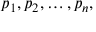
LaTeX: p _ { 1 } , p _ { 2 } , \ldots , p _ { n } ,